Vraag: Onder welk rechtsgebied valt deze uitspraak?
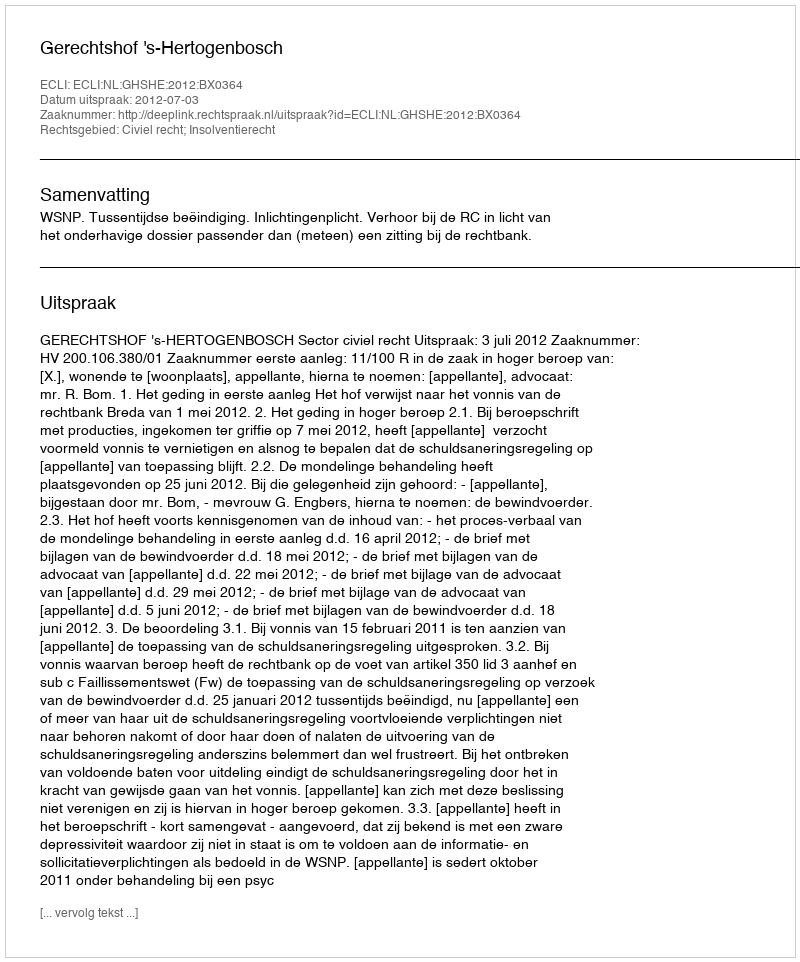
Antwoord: Civiel recht; Insolventierecht